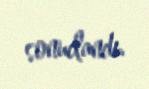
sonuclandı.